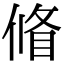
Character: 𠌪